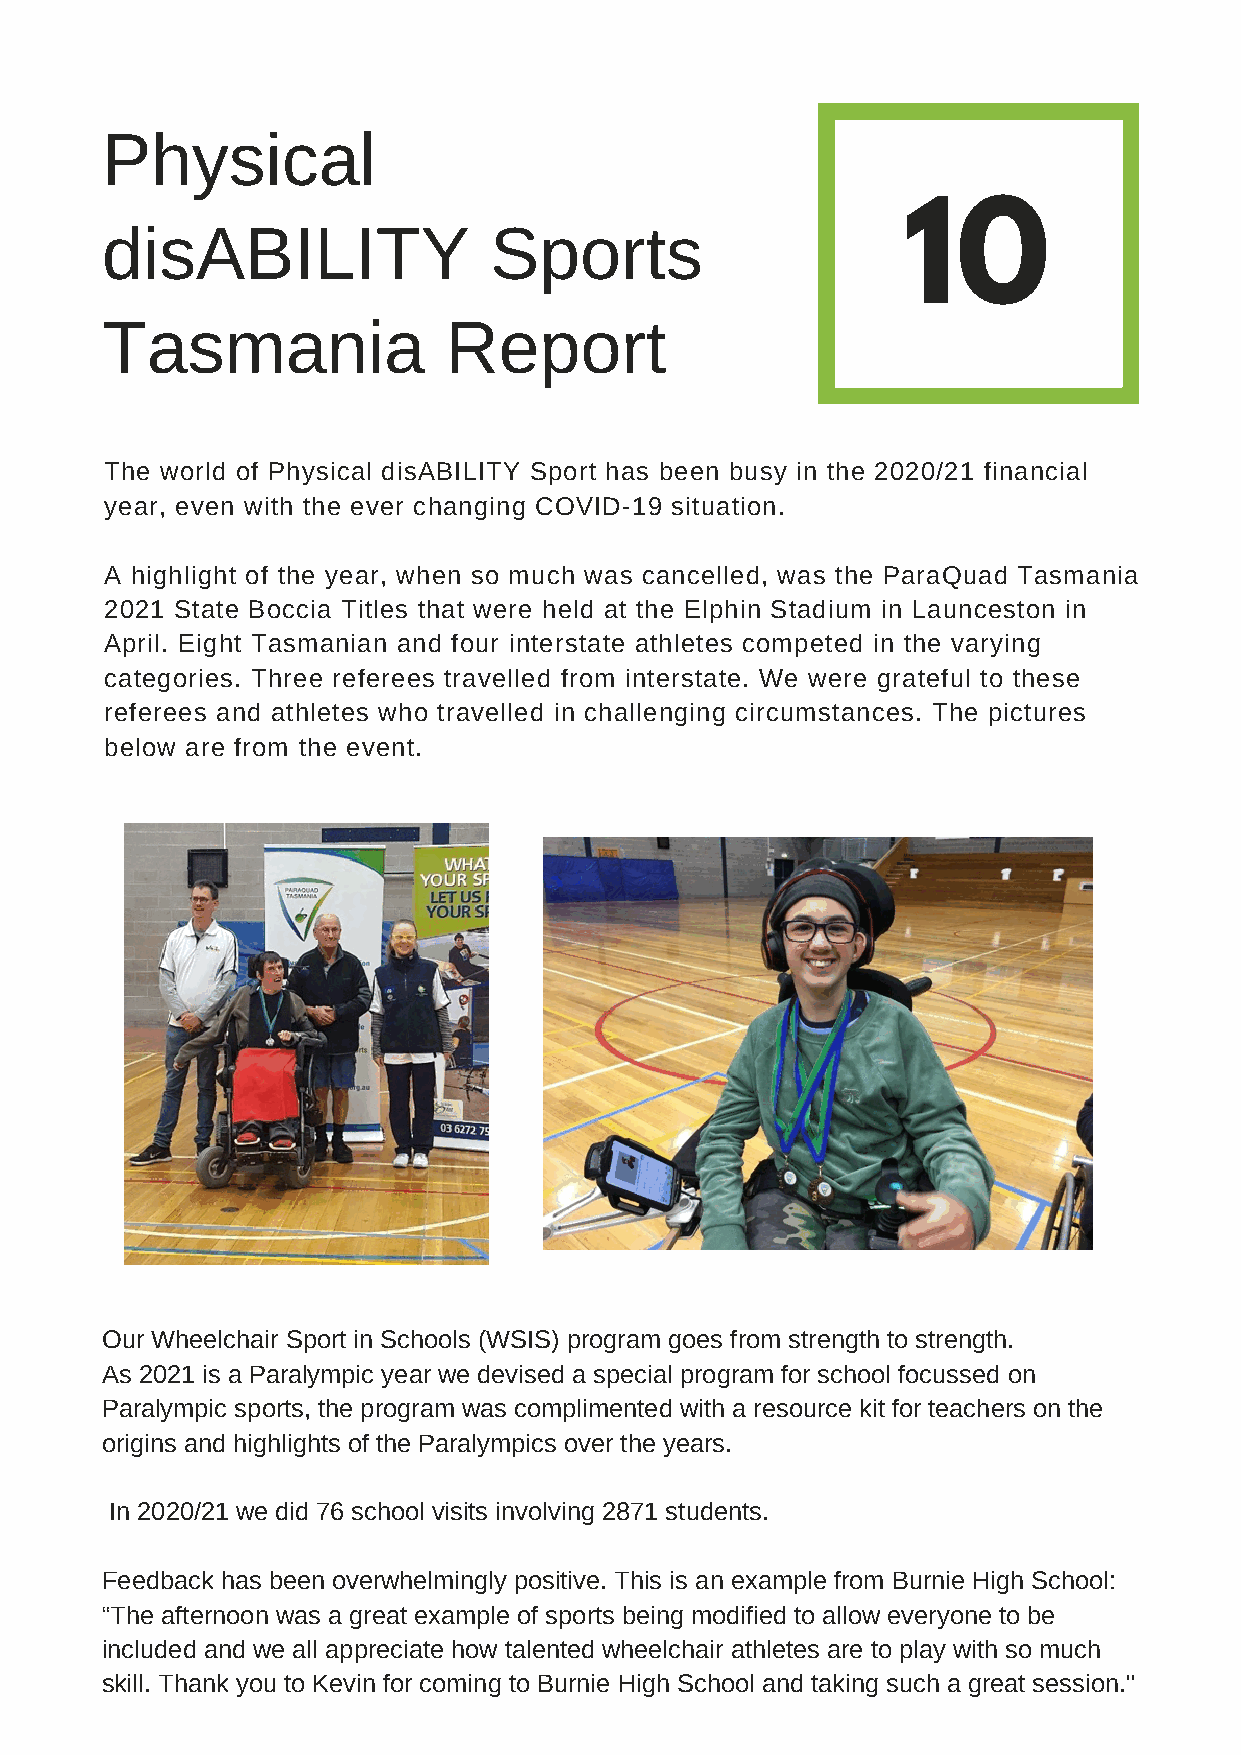
Physical
 disABILITY               Sports                      10
 Tasmania              Report
 The world of Physical disABILITY Sport has been busy in the 2020/21 financial
 year, even with the ever changing COVID-19 situation.
 A highlight of the year, when so much was cancelled, was the ParaQuad Tasmania
 2021 State Boccia Titles that were held at the Elphin Stadium in Launceston in
 April. Eight Tasmanian and four interstate athletes competed in the varying
 categories. Three referees travelled from interstate. We were grateful to these
 referees and athletes who travelled in challenging circumstances. The pictures
 below are from the event.
 Our Wheelchair Sport in Schools (WSIS) program goes from strength to strength.
 As 2021 is a Paralympic year we devised a special program for school focussed on
 Paralympic sports, the program was complimented with a resource kit for teachers on the
 origins and highlights of the Paralympics over the years.
 In 2020/21 we did 76 school visits involving 2871 students.
 Feedback has been overwhelmingly positive. This is an example from Burnie High School:
 “The afternoon was a great example of sports being modified to allow everyone to be
 included and we all appreciate how talented wheelchair athletes are to play with so much
 skill. Thank you to Kevin for coming to Burnie High School and taking such a great session."